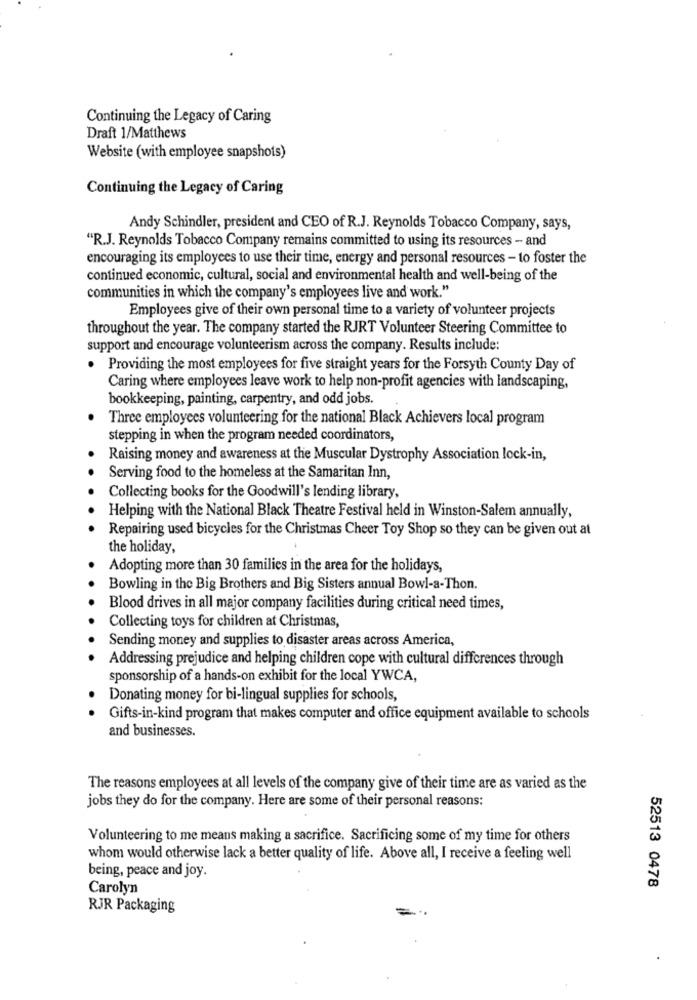
Continuing the Legacy of Caring
Draft 1/Matthews
Website (with employee snapshots)
Continuing the Legacy of Caring
Andy Schindler, president and CEO of R.J. Reynolds Tobacco Company, says,
"R.J. Reynolds Tobacco Company remains committed to using its resources - and
encouraging its employees to use their time, energy and personal resources - to foster the
continued economic, cultural, social and environmental health and well-being of the
communities in which the company's employees live and work."
Employees give of their own personal time to a variety of volunteer projects
throughout the year. The company started the RJRT Volunteer Steering Committee to
support and encourage volunteerism across the company. Results include:
. Providing the most employees for five straight years for the Forsyth County Day of
Caring where employees leave work to help non-profit agencies with landscaping,
bookkeeping, painting, carpentry, and odd jobs.
Three employees volunteering for the national Black Achievers local program
stepping in when the program needed coordinators,
Raising money and awareness at the Muscular Dystrophy Association lock-in,
Serving food to the homeless at the Samaritan Inn,
Collecting books for the Goodwill's lending library,
Helping with the National Black Theatre Festival held in Winston-Salem annually,
Repairing used bicycles for the Christmas Cheer Toy Shop so they can be given out at
the holiday,
Adopting more than 30 families in the area for the holidays,
Bowling in the Big Brothers and Big Sisters annual Bowl-a-Thon.
Blood drives in all major company facilities during critical need times,
Collecting toys for children at Christmas,
Sending money and supplies to disaster areas across America,
Addressing prejudice and helping children cope with cultural differences through
sponsorship of a hands-on exhibit for the local YWCA,
Donating money for bi-lingual supplies for schools,
Gifts-in-kind program that makes computer and office equipment available to schools
and businesses.
The reasons employees at all levels of the company give of their time are as varied as the
jobs they do for the company. Here are some of their personal reasons:
Volunteering to me means making a sacrifice. Sacrificing some of my time for others
whom would otherwise lack a better quality of life. Above all, I receive a feeling well
being, peace and joy.
52513 0478
Carolyn
RJR Packaging